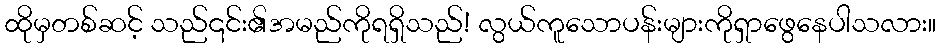
ထိုမှတစ်ဆင့် သည်၎င်း၏အမည်ကိုရရှိသည်! လွယ်ကူသောပန်းများကိုရှာဖွေနေပါသလား။